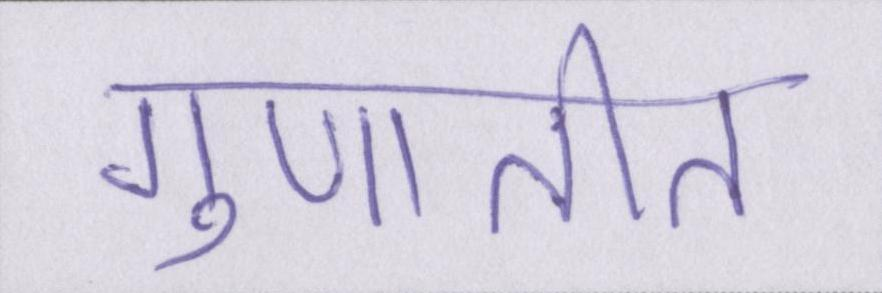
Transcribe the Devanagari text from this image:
गुणातीत